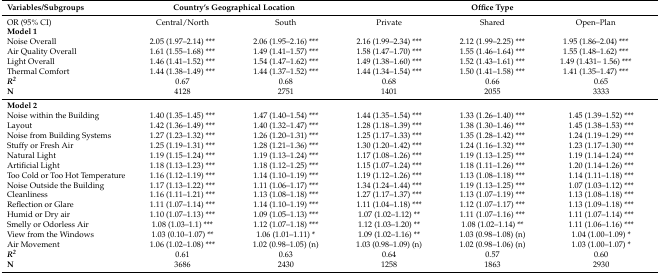
<table><thead><tr><td><b>Variables/Subgroups</b></td><td colspan="2"><b>Country’s Geographical Location</b></td><td colspan="3"><b>Office Type</b></td></tr></thead><tbody><tr><td>OR (95% CI)</td><td>Central/North</td><td>South</td><td>Private</td><td>Shared</td><td>Open–Plan</td></tr><tr><td><b>Model 1</b></td><td></td><td></td><td></td><td></td><td></td></tr><tr><td>Noise Overall</td><td>2.05 (1.97–2.14) ***</td><td>2.06 (1.95–2.16) ***</td><td>2.16 (1.99–2.34) ***</td><td>2.12 (1.99–2.25) ***</td><td>1.95 (1.86–2.04) ***</td></tr><tr><td>Air Quality Overall</td><td>1.61 (1.55–1.68) ***</td><td>1.49 (1.41–1.57) ***</td><td>1.58 (1.47–1.70) ***</td><td>1.55 (1.46–1.64) ***</td><td>1.55 (1.48–1.62) ***</td></tr><tr><td>Light Overall</td><td>1.46 (1.41–1.52) ***</td><td>1.54 (1.47–1.62) ***</td><td>1.49 (1.38–1.60) ***</td><td>1.52 (1.43–1.61) ***</td><td>1.49 (1.431– 1.56) ***</td></tr><tr><td>Thermal Comfort</td><td>1.44 (1.38–1.49) ***</td><td>1.44 (1.37–1.52) ***</td><td>1.44 (1.34–1.54) ***</td><td>1.50 (1.41–1.58) ***</td><td>1.41 (1.35–1.47) ***</td></tr><tr><td><b><i>R<sup>2</sup></i></b></td><td>0.67</td><td>0.68</td><td>0.68</td><td>0.66</td><td colspan="2">0.65</td></tr><tr><td><b>N</b></td><td>4128</td><td>2751</td><td>1401</td><td>2055</td><td colspan="2">3333</td></tr><tr><td><b>Model 2</b></td><td></td><td></td><td></td><td></td><td colspan="2"></td></tr><tr><td>Noise within the Building</td><td>1.40 (1.35–1.45) ***</td><td>1.47 (1.40–1.54) ***</td><td>1.44 (1.35–1.54) ***</td><td>1.33 (1.26–1.40) ***</td><td colspan="2">1.45 (1.39–1.52) ***</td></tr><tr><td>Layout</td><td>1.42 (1.36–1.49) ***</td><td>1.40 (1.32–1.47) ***</td><td>1.28 (1.18–1.39) ***</td><td>1.38 (1.30–1.46) ***</td><td colspan="2">1.45 (1.38–1.53) ***</td></tr><tr><td>Noise from Building Systems</td><td>1.27 (1.23–1.32) ***</td><td>1.26 (1.20–1.31) ***</td><td>1.25 (1.17–1.33) ***</td><td>1.35 (1.28–1.42) ***</td><td colspan="2">1.24 (1.19–1.29) ***</td></tr><tr><td>Stuffy or Fresh Air</td><td>1.25 (1.19–1.31) ***</td><td>1.28 (1.21–1.36) ***</td><td>1.30 (1.20–1.42) ***</td><td>1.24 (1.16–1.32) ***</td><td colspan="2">1.23 (1.17–1.30) ***</td></tr><tr><td>Natural Light</td><td>1.19 (1.15–1.24) ***</td><td>1.19 (1.13–1.24) ***</td><td>1.17 (1.08–1.26) ***</td><td>1.19 (1.13–1.25) ***</td><td colspan="2">1.19 (1.14–1.24) ***</td></tr><tr><td>Artificial Light</td><td>1.18 (1.13–1.23) ***</td><td>1.18 (1.12–1.25) ***</td><td>1.15 (1.07–1.24) ***</td><td>1.18 (1.11–1.26) ***</td><td colspan="2">1.20 (1.14–1.26) ***</td></tr><tr><td>Too Cold or Too Hot Temperature</td><td>1.16 (1.12–1.19) ***</td><td>1.14 (1.10–1.19) ***</td><td>1.19 (1.12–1.26) ***</td><td>1.13 (1.08–1.18) ***</td><td colspan="2">1.14 (1.11–1.18) ***</td></tr><tr><td>Noise Outside the Building</td><td>1.17 (1.13–1.22) ***</td><td>1.11 (1.06–1.17) ***</td><td>1.34 (1.24–1.44) ***</td><td>1.19 (1.13–1.25) ***</td><td colspan="2">1.07 (1.03–1.12) ***</td></tr><tr><td>Cleanliness</td><td>1.16 (1.11–1.21) ***</td><td>1.13 (1.08–1.18) ***</td><td>1.27 (1.17–1.37) ***</td><td>1.13 (1.07–1.19) ***</td><td colspan="2">1.13 (1.08–1.18) ***</td></tr><tr><td>Reflection or Glare</td><td>1.11 (1.07–1.14) ***</td><td>1.14 (1.10–1.19) ***</td><td>1.11 (1.04–1.18) ***</td><td>1.12 (1.07–1.17) ***</td><td colspan="2">1.13 (1.09–1.18) ***</td></tr><tr><td>Humid or Dry air</td><td>1.10 (1.07–1.13) ***</td><td>1.09 (1.05–1.13) ***</td><td>1.07 (1.02–1.12) **</td><td>1.11 (1.07–1.16) ***</td><td colspan="2">1.11 (1.07–1.14) ***</td></tr><tr><td>Smelly or Odorless Air</td><td>1.08 (1.03–1.1) ***</td><td>1.12 (1.07–1.18) ***</td><td>1.12 (1.03–1.20) **</td><td>1.08 (1.02–1.14) **</td><td colspan="2">1.11 (1.06–1.16) ***</td></tr><tr><td>View from the Windows</td><td>1.03 (0.10–1.07) **</td><td>1.06 (1.01–1.11) *</td><td>1.09 (1.02–1.16) **</td><td>1.03 (0.98–1.08) (n)</td><td colspan="2">1.04 (1.00–1.09) *</td></tr><tr><td>Air Movement</td><td>1.06 (1.02–1.08) ***</td><td>1.02 (0.98–1.05) (n)</td><td>1.03 (0.98–1.09) (n)</td><td>1.02 (0.98–1.06) (n)</td><td colspan="2">1.03 (1.00–1.07) *</td></tr><tr><td><b><i>R<sup>2</sup></i></b></td><td>0.61</td><td>0.63</td><td>0.64</td><td>0.57</td><td colspan="2">0.60</td></tr><tr><td><b>N</b></td><td>3686</td><td>2430</td><td>1258</td><td>1863</td><td colspan="2">2930</td></tr></tbody></table>